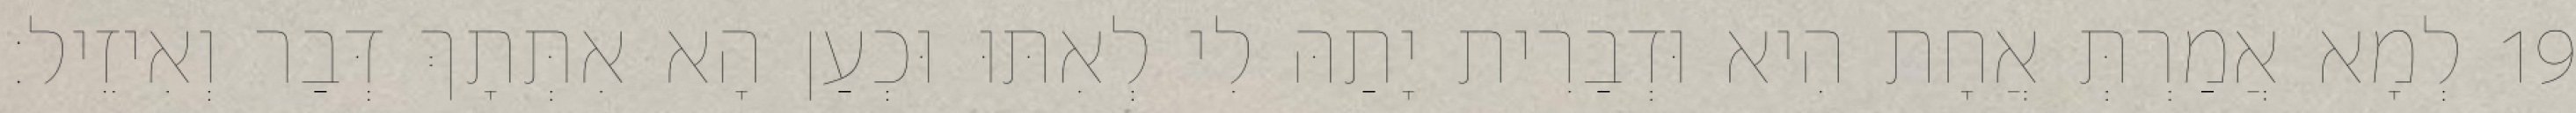
19 לְמָא אֲמַרְתְּ אֲחָת הִיא וּדְבַרִית יָתַהּ לִי לְאִתּוּ וּכְעַן הָא אִתְּתָךְ דְּבַר וְאִיזֵיל׃